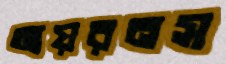
আয়রনস